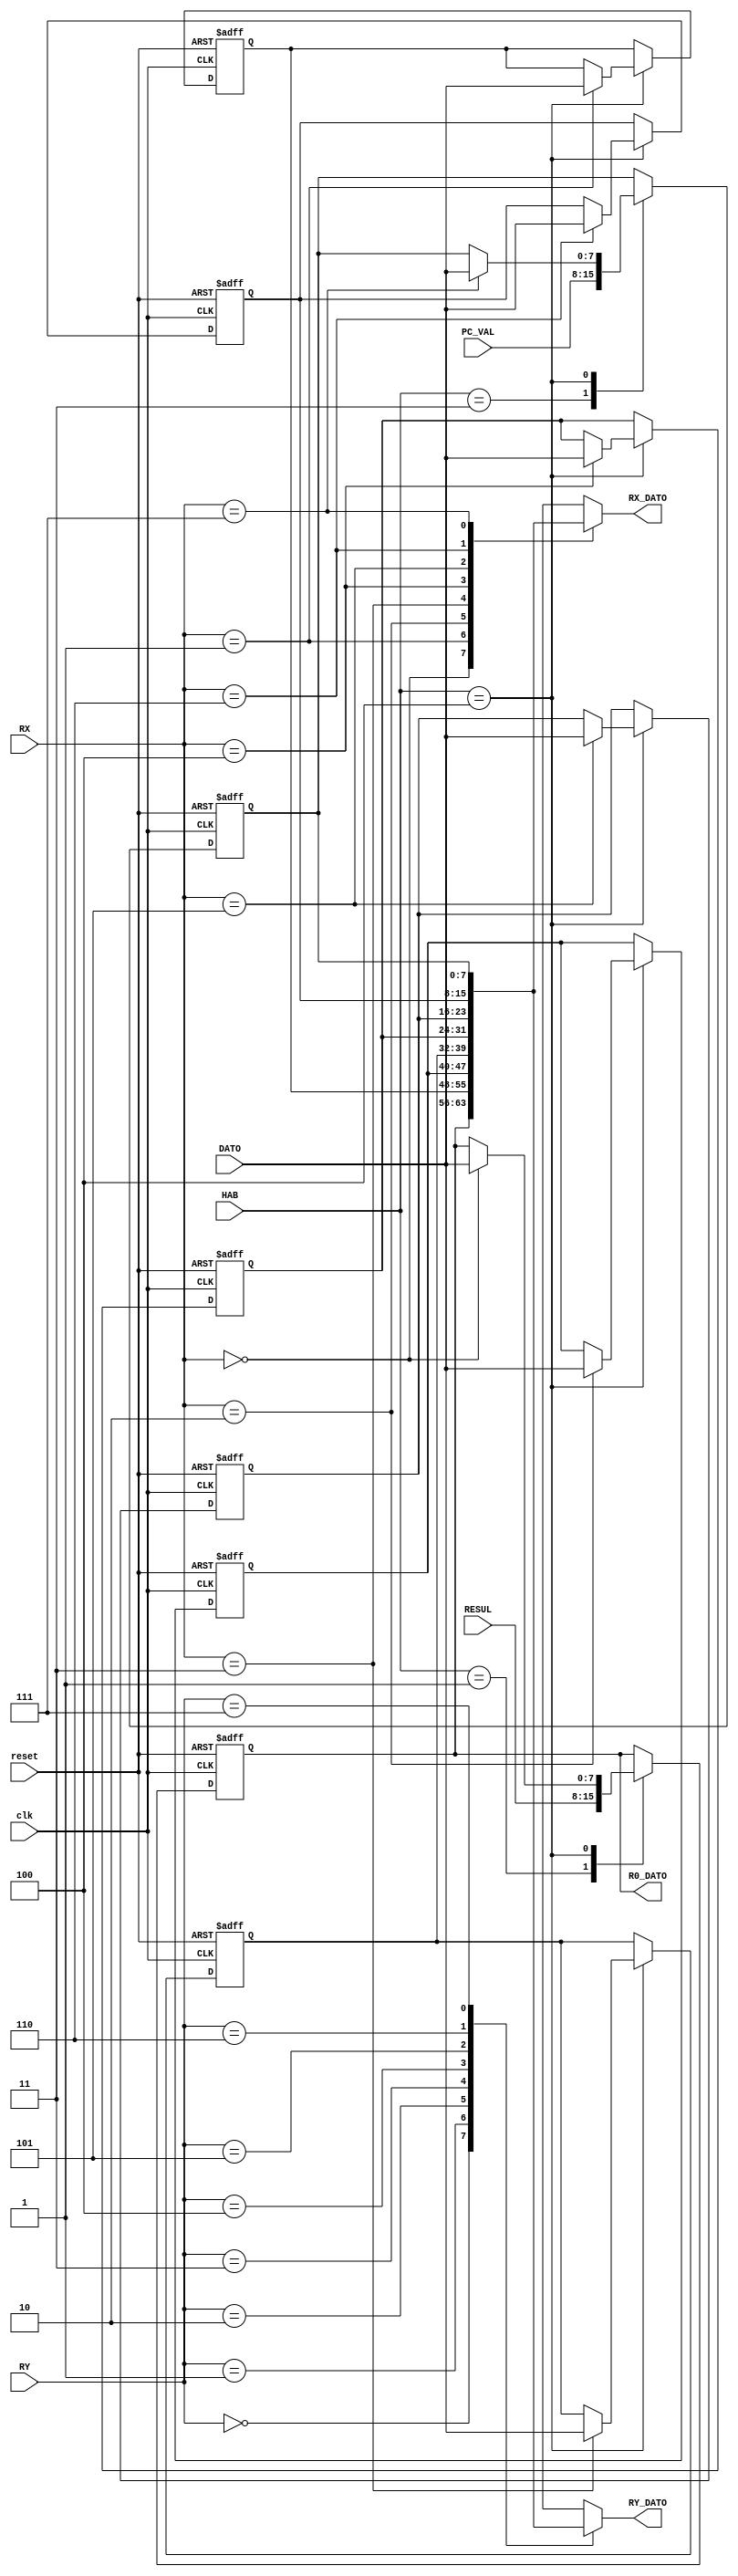
`timescale 1ns / 1ps

module Registros(
    input reset,
    input clk,
    input [2:0] HAB,
    input [2:0] RX,
    input [2:0] RY,
    input [7:0] DATO,
    input [7:0] RESUL,
    input [7:0] PC_VAL,
    output [7:0] RY_DATO,
    output [7:0] RX_DATO,
    output [7:0] R0_DATO
    );
    
    reg [7:0] R[0:7];
    
    assign R0_DATO = R[0];
    assign RX_DATO = R[RX];
    assign RY_DATO = R[RY];

    always@(posedge clk, posedge reset)
        begin
            if(reset == 1)
                begin
                    R[0] <= 8'b00000000;
                    R[1] <= 8'b00000000;
                    R[2] <= 8'b00000000;
                    R[3] <= 8'b00000000;
                    R[4] <= 8'b00000000;
                    R[5] <= 8'b00000000;
                    R[6] <= 8'b00000000;
                    R[7] <= 8'b00000000;
                end
            else
                begin
                    case(HAB)
                        3'b001: R[0] <= RESUL;
                        3'b011: R[7] <= PC_VAL;  
                        3'b100: R[RX] <= DATO;
                        default:
                            begin
                                R[0] <= R[0];
                                R[1] <= R[1];
                                R[2] <= R[2];
                                R[3] <= R[3];
                                R[4] <= R[4];
                                R[5] <= R[5];
                                R[6] <= R[6];
                                R[7] <= R[7];
                            end
                    endcase
                    
                end
        end
endmodule